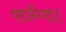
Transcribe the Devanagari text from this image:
पाऊँगा।